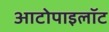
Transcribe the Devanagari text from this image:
आटोपाइलॉट